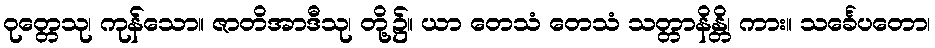
ဝုတ္တေသု၊ ကုန်သော။ ဇာတိအာဒီသု၊ တို့၌။ ယာ တေသံ တေသံ သတ္တာနိန္တိ၊ ကား။ သင်္ခေပတော၊